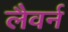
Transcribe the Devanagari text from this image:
लैवर्न